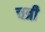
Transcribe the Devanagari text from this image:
चत्री